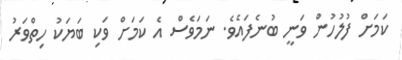
ކަމަށް ފުލުހުން ވަނީ ބުނެފައެވެ. ނަމަވެސް އެ ކަމަށް ވަކި ބަޔަކު ހިތްވަރު